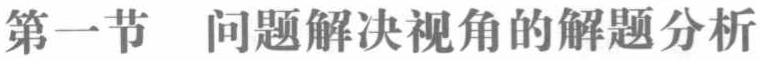
第一节 问题解决视角的解题分析